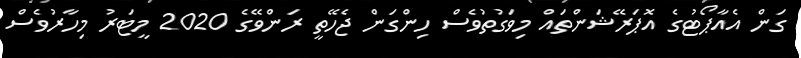
ގަން އެއާޕޯޓުގެ އޮޕަރޭޝަންތައް މިވަގުތުވެސް ހިންގަން ޖެހޭތީ ރަންވޭގެ 2020 މީޓަރު މިހާރުވެސް